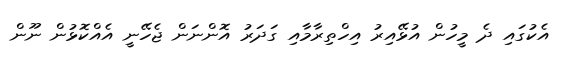
އެކުގައި ދެ މީހުން އުޅޭއިރު އިހްތިރާމާއި ގަދަރު އޮންނަން ޖެހޭނީ އެއްކޮޅުން ނޫން